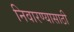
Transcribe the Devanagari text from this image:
निवारण्यासाठी